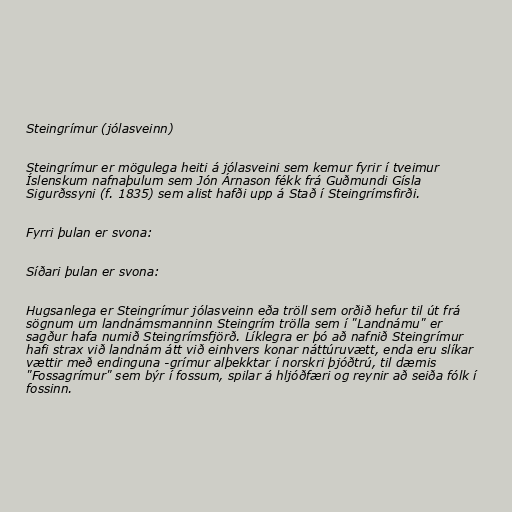
Steingrímur (jólasveinn)

Steingrímur er mögulega heiti á jólasveini sem kemur fyrir í tveimur
Íslenskum nafnaþulum sem Jón Árnason fékk frá Guðmundi Gísla
Sigurðssyni (f. 1835) sem alist hafði upp á Stað í Steingrímsfirði.

Fyrri þulan er svona:

Síðari þulan er svona:

Hugsanlega er Steingrímur jólasveinn eða tröll sem orðið hefur til út frá
sögnum um landnámsmanninn Steingrím trölla sem í "Landnámu" er
sagður hafa numið Steingrímsfjörð. Líklegra er þó að nafnið Steingrímur
hafi strax við landnám átt við einhvers konar náttúruvætt, enda eru slíkar
vættir með endinguna -grímur alþekktar í norskri þjóðtrú, til dæmis
"Fossagrímur" sem býr í fossum, spilar á hljóðfæri og reynir að seiða fólk í
fossinn.